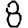
Digit: 8